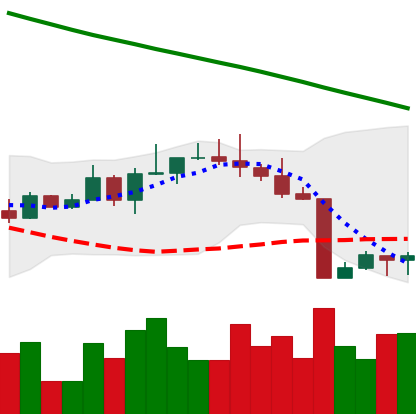
Ticker: BTC-USD
Chart end date: 2022-08-23
Forward return: -8.878%
Label: down_7plus